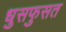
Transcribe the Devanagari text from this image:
धुसफुसत